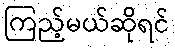
ကြည့်မယ်ဆိုရင်